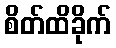
စိတ်ထိခိုက်